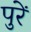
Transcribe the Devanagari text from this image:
पुरें